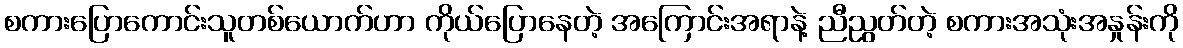
စကားပြောကောင်းသူတစ်ယောက်ဟာ ကိုယ်ပြောနေတဲ့ အကြောင်းအရာနဲ့ ညီညွတ်တဲ့ စကားအသုံးအနှုန်းကို